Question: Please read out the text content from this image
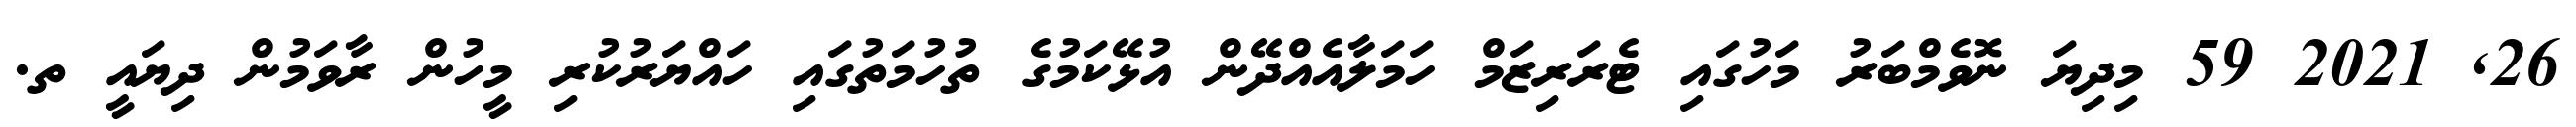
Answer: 26, 2021 59 މިދިޔަ ނޮވެމްބަރު މަހުގައި ޓެރަރިޒަމް ހަމަލާއެއްދޭން އުޅޭކަމުގެ ތުހުމަތުގައި ހައްޔަރުކުރި މީހުން ރާވަމުން ދިޔައީ ތ.